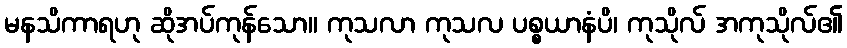
မနသိကာရဟု ဆိုအပ်ကုန်သော။ ကုသလာ ကုသလ ပစ္စယာနံပိ၊ ကုသိုလ် အကုသိုလ်၏